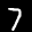
Label: 7